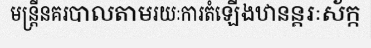
មន្ត្រីនគរបាលតាមរយៈការតំឡើងឋានន្តរៈស័ក្ក